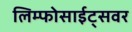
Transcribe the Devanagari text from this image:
लिम्फोसाईट्सवर